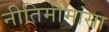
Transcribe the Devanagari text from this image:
नीतिमीमांसा